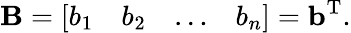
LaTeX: \mathbf{B}={\left[\begin{array}{llll}{b_{1}}&{b_{2}}&{\ldots}&{b_{n}}\end{array}\right]}=\mathbf{b}^{\mathrm{{T}}}.